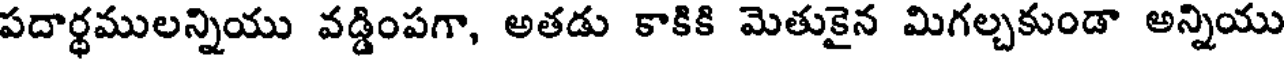
పదార్ధములన్నియు వడ్డింపగా, అతడు కాకికి మెతుకైన మిగల్చకుండా అన్నియు